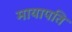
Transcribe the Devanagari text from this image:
मायापति